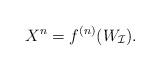
LaTeX: \begin{align*}X^n=f^{(n)}(W_\mathcal{I}). \end{align*}